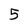
Character: 5